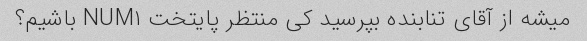
میشه از آقای تنابنده بپرسید کی منتظر پایتخت NUM۱ باشیم؟